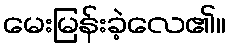
မေးမြန်းခဲ့လေ၏။